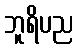
ဘူရိပည